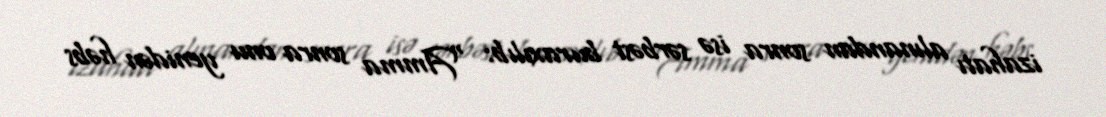
izahatı alınandan sonra isə sərbəst buraxılıb: “Amma sonra onu yenidən həbs